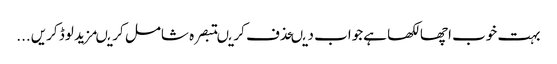
بہت خوب اچھا لکھا ہےجواب دیںحذف کریںتبصرہ شامل کریںمزید لوڈ کریں...